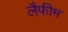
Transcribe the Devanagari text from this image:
लैफीम